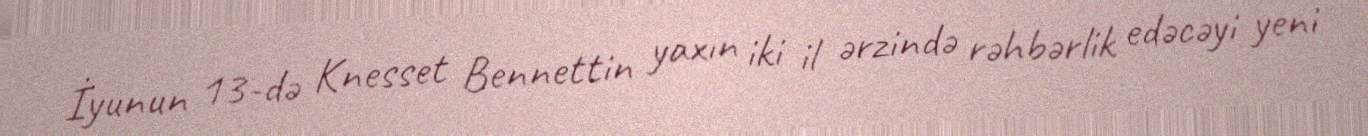
İyunun 13-də Knesset Bennettin yaxın iki il ərzində rəhbərlik edəcəyi yeni